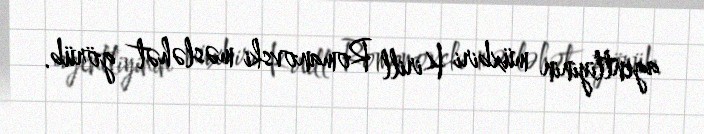
agentliyinin müxbiri Kirill Romanovski məsləhət görüb.